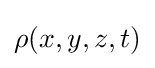
\rho (x,y,z,t)